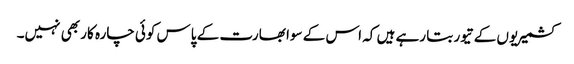
کشمیریوں کے تیور بتا رہے ہیں کہ اس کے سوا بھارت کے پاس کوئی چارہ کار بھی نہیں۔